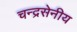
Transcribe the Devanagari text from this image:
चन्द्रसेनीय